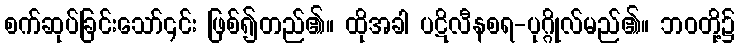
စက်ဆုပ်ခြင်းသော်၎င်း ဖြစ်၍တည်၏။ ထိုအခါ ပဋိလီနစရ-ပုဂ္ဂိုလ်မည်၏။ ဘဝတို့၌